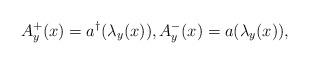
LaTeX: \begin{align*} A_{y}^+(x)= a^{\dagger}(\lambda_{y}(x)), A_{y}^-(x) = a(\lambda_{y}(x)),\end{align*}